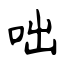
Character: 咄